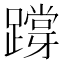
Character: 𨅝